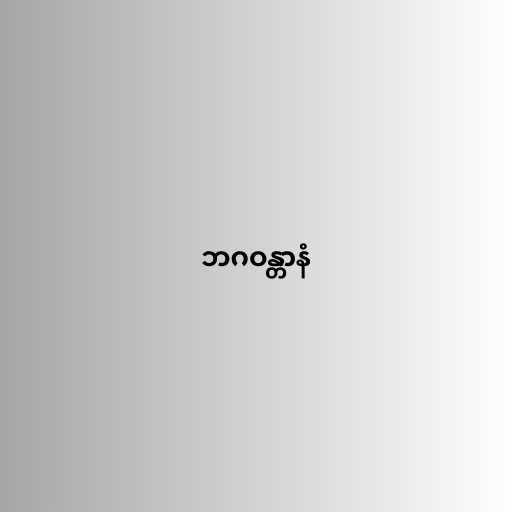
ဘဂဝန္တာနံ